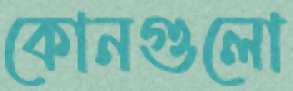
কোনগুলো